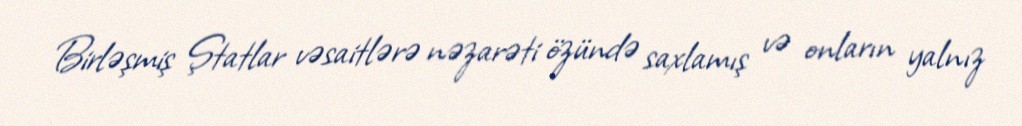
Birləşmiş Ştatlar vəsaitlərə nəzarəti özündə saxlamış və onların yalnız